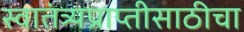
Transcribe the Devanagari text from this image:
स्वातंत्र्यप्राप्तीसाठीचा